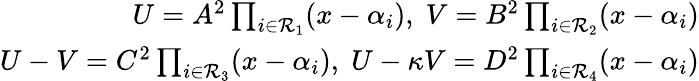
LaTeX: \begin{array}{r}{U=A^{2}\prod_{i\in\mathcal{R}_{1}}(x-\alpha_{i}),\; V=B^{2}\prod_{i\in\mathcal{R}_{2}}(x-\alpha_{i})}\\ {U-V=C^{2}\prod_{i\in\mathcal{R}_{3}}(x-\alpha_{i}),\; U-\kappa V=D^{2}\prod_{i\in\mathcal{R}_{4}}(x-\alpha_{i})}\end{array}